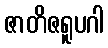
ဇာတိဇရူပဂါ